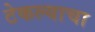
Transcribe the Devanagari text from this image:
टेकल्याचा